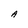
Character: A